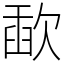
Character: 歃